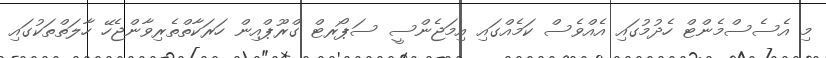
މި އެސެސްމެންޓް ހެދުމުގައި އެއްވެސް ކަމެއްގައި އިމަޖެންސީ ސަޕޯރޓް ގްރޫޕްއިން ހަރަކާތްތެރިވާންޖެހޭ ހާލަތްތަކުގައި